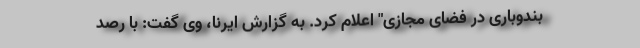
‌بندوباری در فضای مجازی" اعلام کرد. به گزارش ایرنا، وی گفت: با رصد